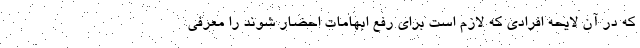
که در آن لایحه افرادی که لازم است برای رفع ابهامات احضار شوند را معرفی